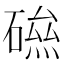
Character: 𥕃